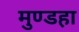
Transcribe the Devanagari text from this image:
मुण्डहा